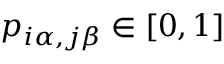
p _ { i \alpha , j \beta } \in [ 0 , 1 ]